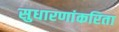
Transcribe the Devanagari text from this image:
सुधारणांकरिता